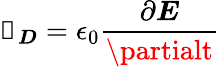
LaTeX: {\boldsymbol{\mathscr{J}_{D}}}=\epsilon_{0}{\frac{{\partial{\boldsymbol{E}}}}{{\partialt}}}